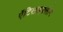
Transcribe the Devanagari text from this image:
ऐंटिसाइक्लोन